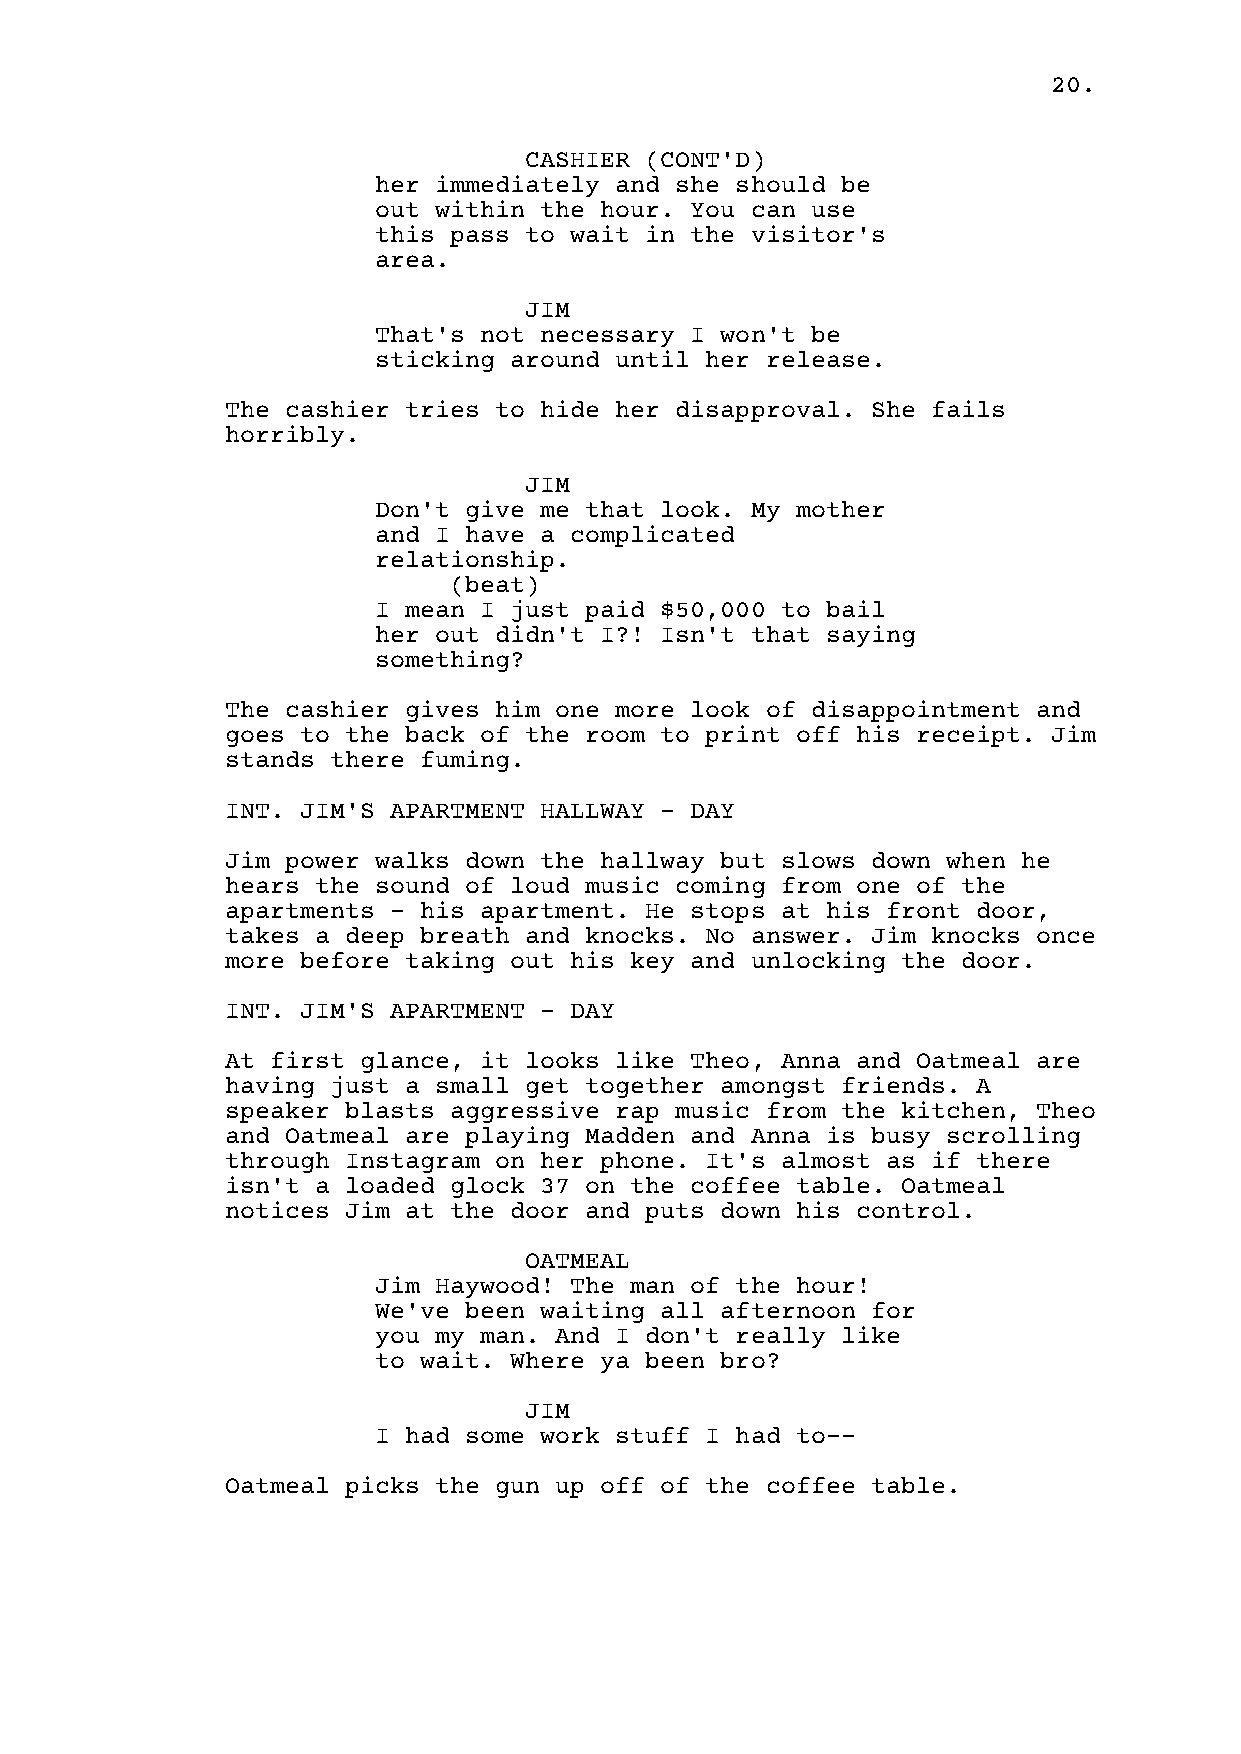
20.
 CASHIER (CONT'D)
 her immediately and she should be
 out within the hour. You can use
 this pass to wait in the visitor's
 area.
 JIM
 That's not necessary I won't be
 sticking around until her release.
 The cashier tries to hide her disapproval. She fails
 horribly.
 JIM
 Don't give me that look. My mother
 and I have a complicated
 relationship.
 (beat)
 I mean I just paid $50,000 to bail
 her out didn't I?! Isn't that saying
 something?
 The cashier gives him one more look of disappointment and
 goes to the back of the room to print off his receipt. Jim
 stands there fuming.
 INT. JIM'S APARTMENT HALLWAY - DAY
 Jim power walks down the hallway but slows down when he
 hears the sound of loud music coming from one of the
 apartments - his apartment. He stops at his front door,
 takes a deep breath and knocks. No answer. Jim knocks once
 more before taking out his key and unlocking the door.
 INT. JIM'S APARTMENT - DAY
 At first glance, it looks like Theo, Anna and Oatmeal are
 having just a small get together amongst friends. A
 speaker blasts aggressive rap music from the kitchen, Theo
 and Oatmeal are playing Madden and Anna is busy scrolling
 through Instagram on her phone. It's almost as if there
 isn't a loaded glock 37 on the coffee table. Oatmeal
 notices Jim at the door and puts down his control.
 OATMEAL
 Jim Haywood! The man of the hour!
 We've been waiting all afternoon for
 you my man. And I don't really like
 to wait. Where ya been bro?
 JIM
 I had some work stuff I had to--
 Oatmeal picks the gun up off of the coffee table.